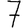
Digit: 7